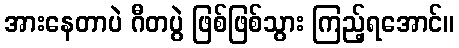
အားနေတာပဲ ဂီတပွဲ ဖြစ်ဖြစ်သွား ကြည့်ရအောင်။